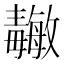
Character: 𱥝